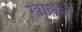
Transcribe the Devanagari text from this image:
खालेते